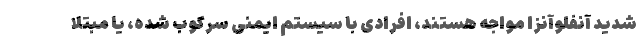
شدید آنفلوآنزا مواجه هستند، افرادی با سیستم ایمنی سرکوب شده، یا مبتلا